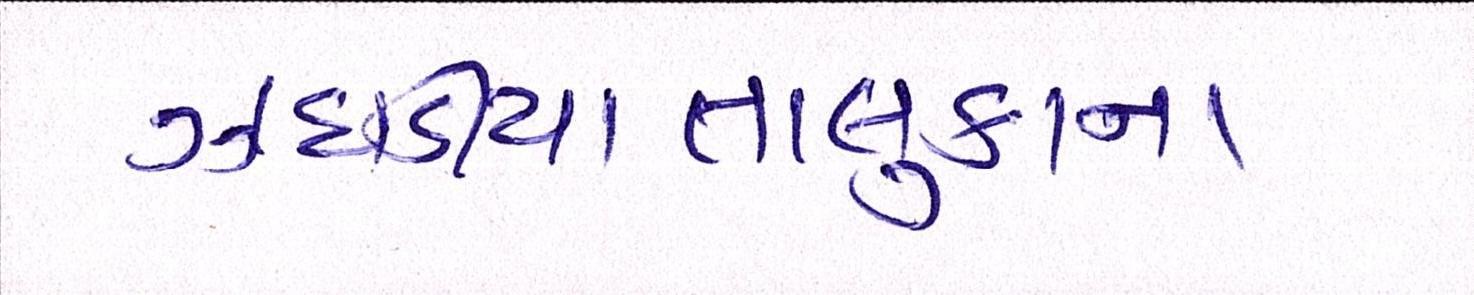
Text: ઝઘડીયાતાલુકાના